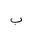
Letter: _ba